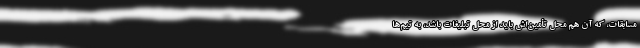
مسابقات، که آن هم محل تأمین‌اش باید از محل تبلیغات باشد، به تیم‌ها